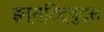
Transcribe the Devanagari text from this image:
इन्स्टिट्युट्स